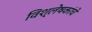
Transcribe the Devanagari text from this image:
विश्लेषकांचे